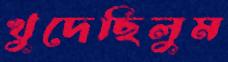
খুদেছিলুম